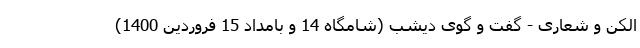
الکن و شعاری - گفت و گوی دیشب (شامگاه 14 و بامداد 15 فروردین 1400)